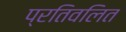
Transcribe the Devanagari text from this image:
प्रतिवलित